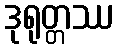
ဒုရုတ္တဿ